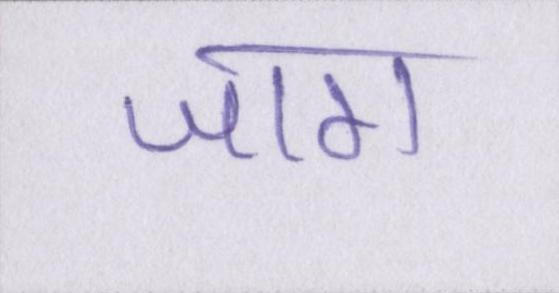
जाग